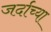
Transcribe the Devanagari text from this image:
जर्दाच्या